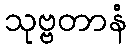
သုဗ္ဗတာနံ